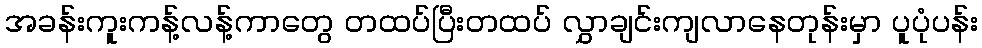
အခန်းကူးကန့်လန့်ကာတွေ တထပ်ပြီးတထပ် လွှာချင်းကျလာနေတုန်းမှာ ပူပုံပန်း